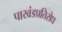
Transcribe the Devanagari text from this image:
पाखंडप्रतिरोध